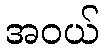
အဝယ်